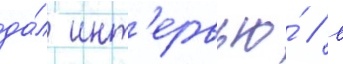
да́л инт'ервью́ / в